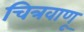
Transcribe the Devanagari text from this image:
चित्रवाणू